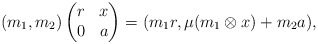
\begin{align*}(m_1,m_2) \begin{pmatrix} r & x \\ 0 & a \end{pmatrix} = (m_1r, \mu (m_1\otimes x)+m_2a),\end{align*}